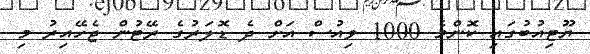
ޔޫޓިއުބުގައި ކޮންމެ 1000 ވިއުސް އަށް ދެ ޑޮލަރުގެ ރޭޓުން ޖެހޭއިރު މި